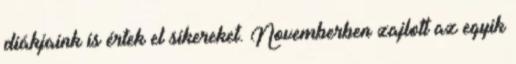
diákjaink is értek el sikereket. Novemberben zajlott az egyik